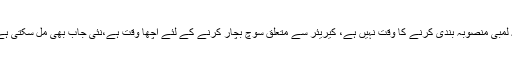
یہ لمبی منصوبہ بندی کرنے کا وقت نہیں ہے، کیریئر سے متعلق سوچ بچار کرنے کے لئے اچھا وقت ہے،نئی جاب بھی مل سکتی ہے۔